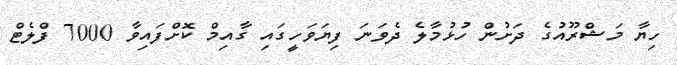
ހިޔާ މަޝްރޫއުގެ ދަށުން ހުޅުމާލެ ދެވަނަ ފިޔަވަހީގައި ގާއިމް ކޮށްފައިވާ 7000 ފްލެޓް